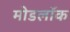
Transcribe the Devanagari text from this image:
मोडलॉक